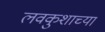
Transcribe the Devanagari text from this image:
लवकुशाच्या